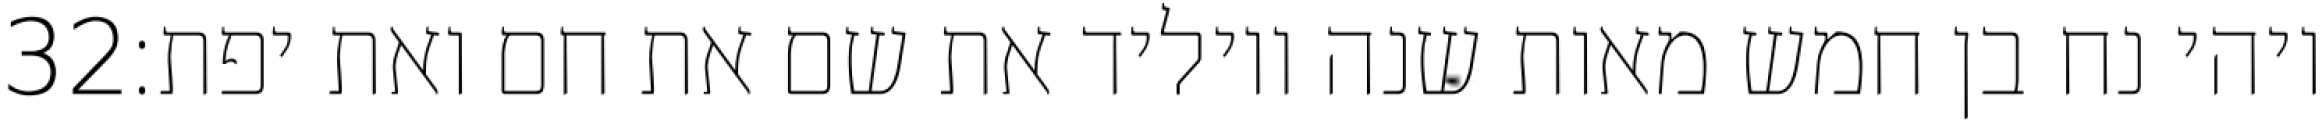
‎32‏ ויהי נח בן חמש מאות שנה ויוליד את שם את חם ואת יפת׃